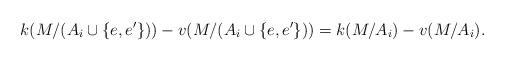
LaTeX: \begin{align*}k(M/(A_i\cup \{e,e'\}))-v(M/(A_i\cup \{e,e'\}))=k(M/A_i)-v(M/A_i).\end{align*}